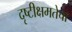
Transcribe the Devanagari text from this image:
दृष्टीक्षमतेचा